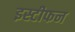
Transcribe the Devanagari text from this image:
इस्टीफन